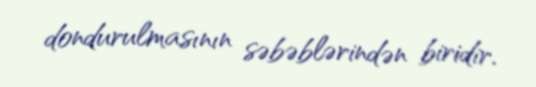
dondurulmasının səbəblərindən biridir.